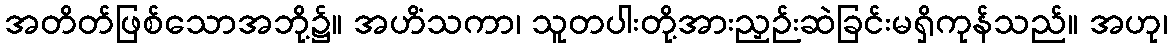
အတိတ်ဖြစ်သောအဘို့၌။ အဟိံသကာ၊ သူတပါးတို့အားညှဉ်းဆဲခြင်းမရှိကုန်သည်။ အဟု၊